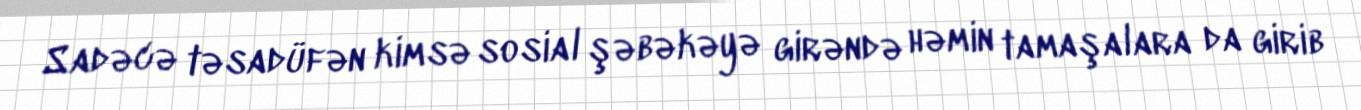
Sadəcə təsadüfən kimsə sosial şəbəkəyə girəndə həmin tamaşalara da girib